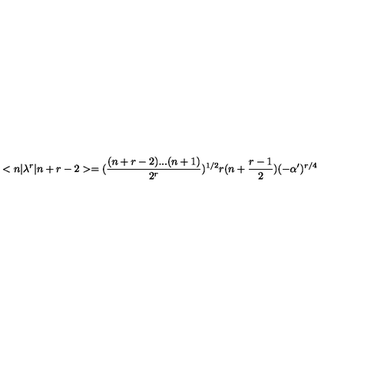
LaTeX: < n | \lambda ^ { r } | n + r - 2 > = ( \frac { ( n + r - 2 ) . . . ( n + 1 ) } { 2 ^ { r } } ) ^ { 1 / 2 } r ( n + \frac { r - 1 } { 2 } ) ( - \alpha ^ { \prime } ) ^ { r / 4 }